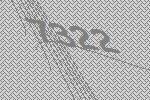
7322